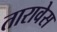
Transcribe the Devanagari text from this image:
तारावेस